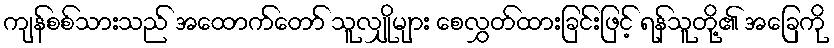
ကျန်စစ်သားသည် အထောက်တော် သူလျှိုများ စေလွှတ်ထားခြင်းဖြင့် ရန်သူတို့၏ အခြေကို